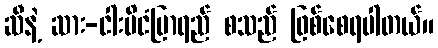
ဆီနဲ့ ဆား-ငါးပိငံပြာရည် စသည် ဖြစ်စေရပါတယ်။